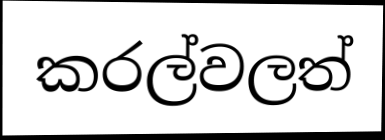
කරල්වලත්